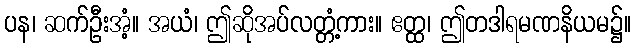
ပန၊ ဆက်ဦးအံ့။ အယံ၊ ဤဆိုအပ်လတ္တံ့ကား။ ဧတ္ထ၊ ဤတဒါရမဏနိယမ၌။